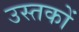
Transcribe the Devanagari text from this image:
उस्तकों